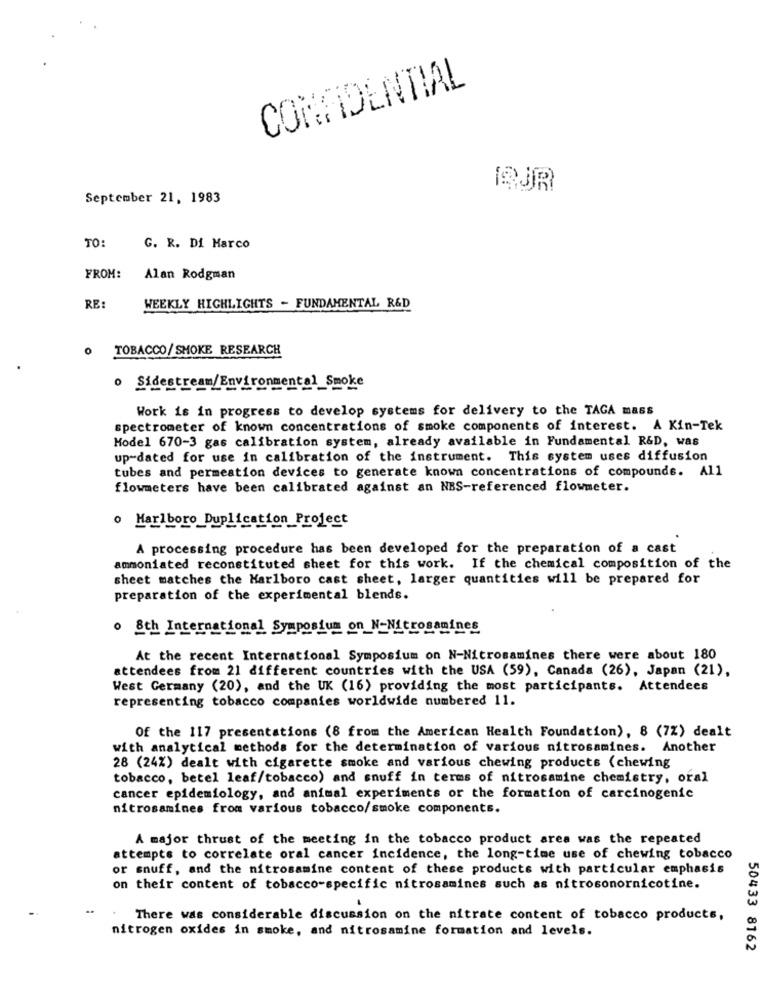
CONFIDENTIAL
.....
September 21, 1983
TO
G. R. Di Marco
FROM:
Alan Rodgman
RE
WEEKLY HIGHLIGHTS - FUNDAMENTAL R&D
0
TOBACCO/ SMOKE RESEARCH
o Sidestream/Environmental_Smoke
Work is in progress to develop systems for delivery to the TAGA mass
spectrometer of known concentrations of smoke components of interest. A Kin-Tek
Model 670-3 gas calibration system, already available in Fundamental R&D, was
up-dated for use in calibration of the instrument. This system uses diffusion
tubes and permeation devices to generate known concentrations of compounds. All
flowmeters have been calibrated against an NBS-referenced flowmeter.
o Marlboro Duplication
A processing procedure has been developed for the preparation of a cast
ammoniated reconstituted sheet for this work. If the chemical composition of the
sheet matches the Marlboro cast sheet, larger quantities will be prepared for
preparation of the experimental blends.
. 8th International Symposium on N-Nitrosamines
At the recent International Symposium on N-Nitrosamines there were about 180
attendees from 21 different countries with the USA (59), Canada (26), Japan (21),
West Germany (20), and the UK (16) providing the most participants. Attendees
representing tobacco companies worldwide numbered 11.
Of the 117 presentations (8 from the American Health Foundation), 8 (7%) dealt
with analytical methods for the determination of various nitrosamines. Another
28 (24%) dealt with cigarette smoke and various chewing products (chewing
tobacco, betel leaf/tobacco) and snuff in terms of nitrosamine chemistry, oral
cancer epidemiology, and animal experiments or the formation of carcinogenic
nitrosamines from various tobacco/smoke components.
A major thrust of the meeting in the tobacco product area was the repeated
attempts to correlate oral cancer incidence, the long-time use of chewing tobacco
or snuff, and the nitrosamine content of these products with particular emphasis
on their content of tobacco-specific nitrosamines such as nitrosonornicotine.
There was considerable discussion on the nitrate content of tobacco products,
nitrogen oxides in smoke, and nitrosamine formation and levels.
50433 8162